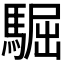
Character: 𩤓